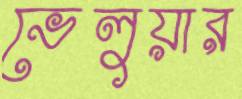
ভেলুয়ার